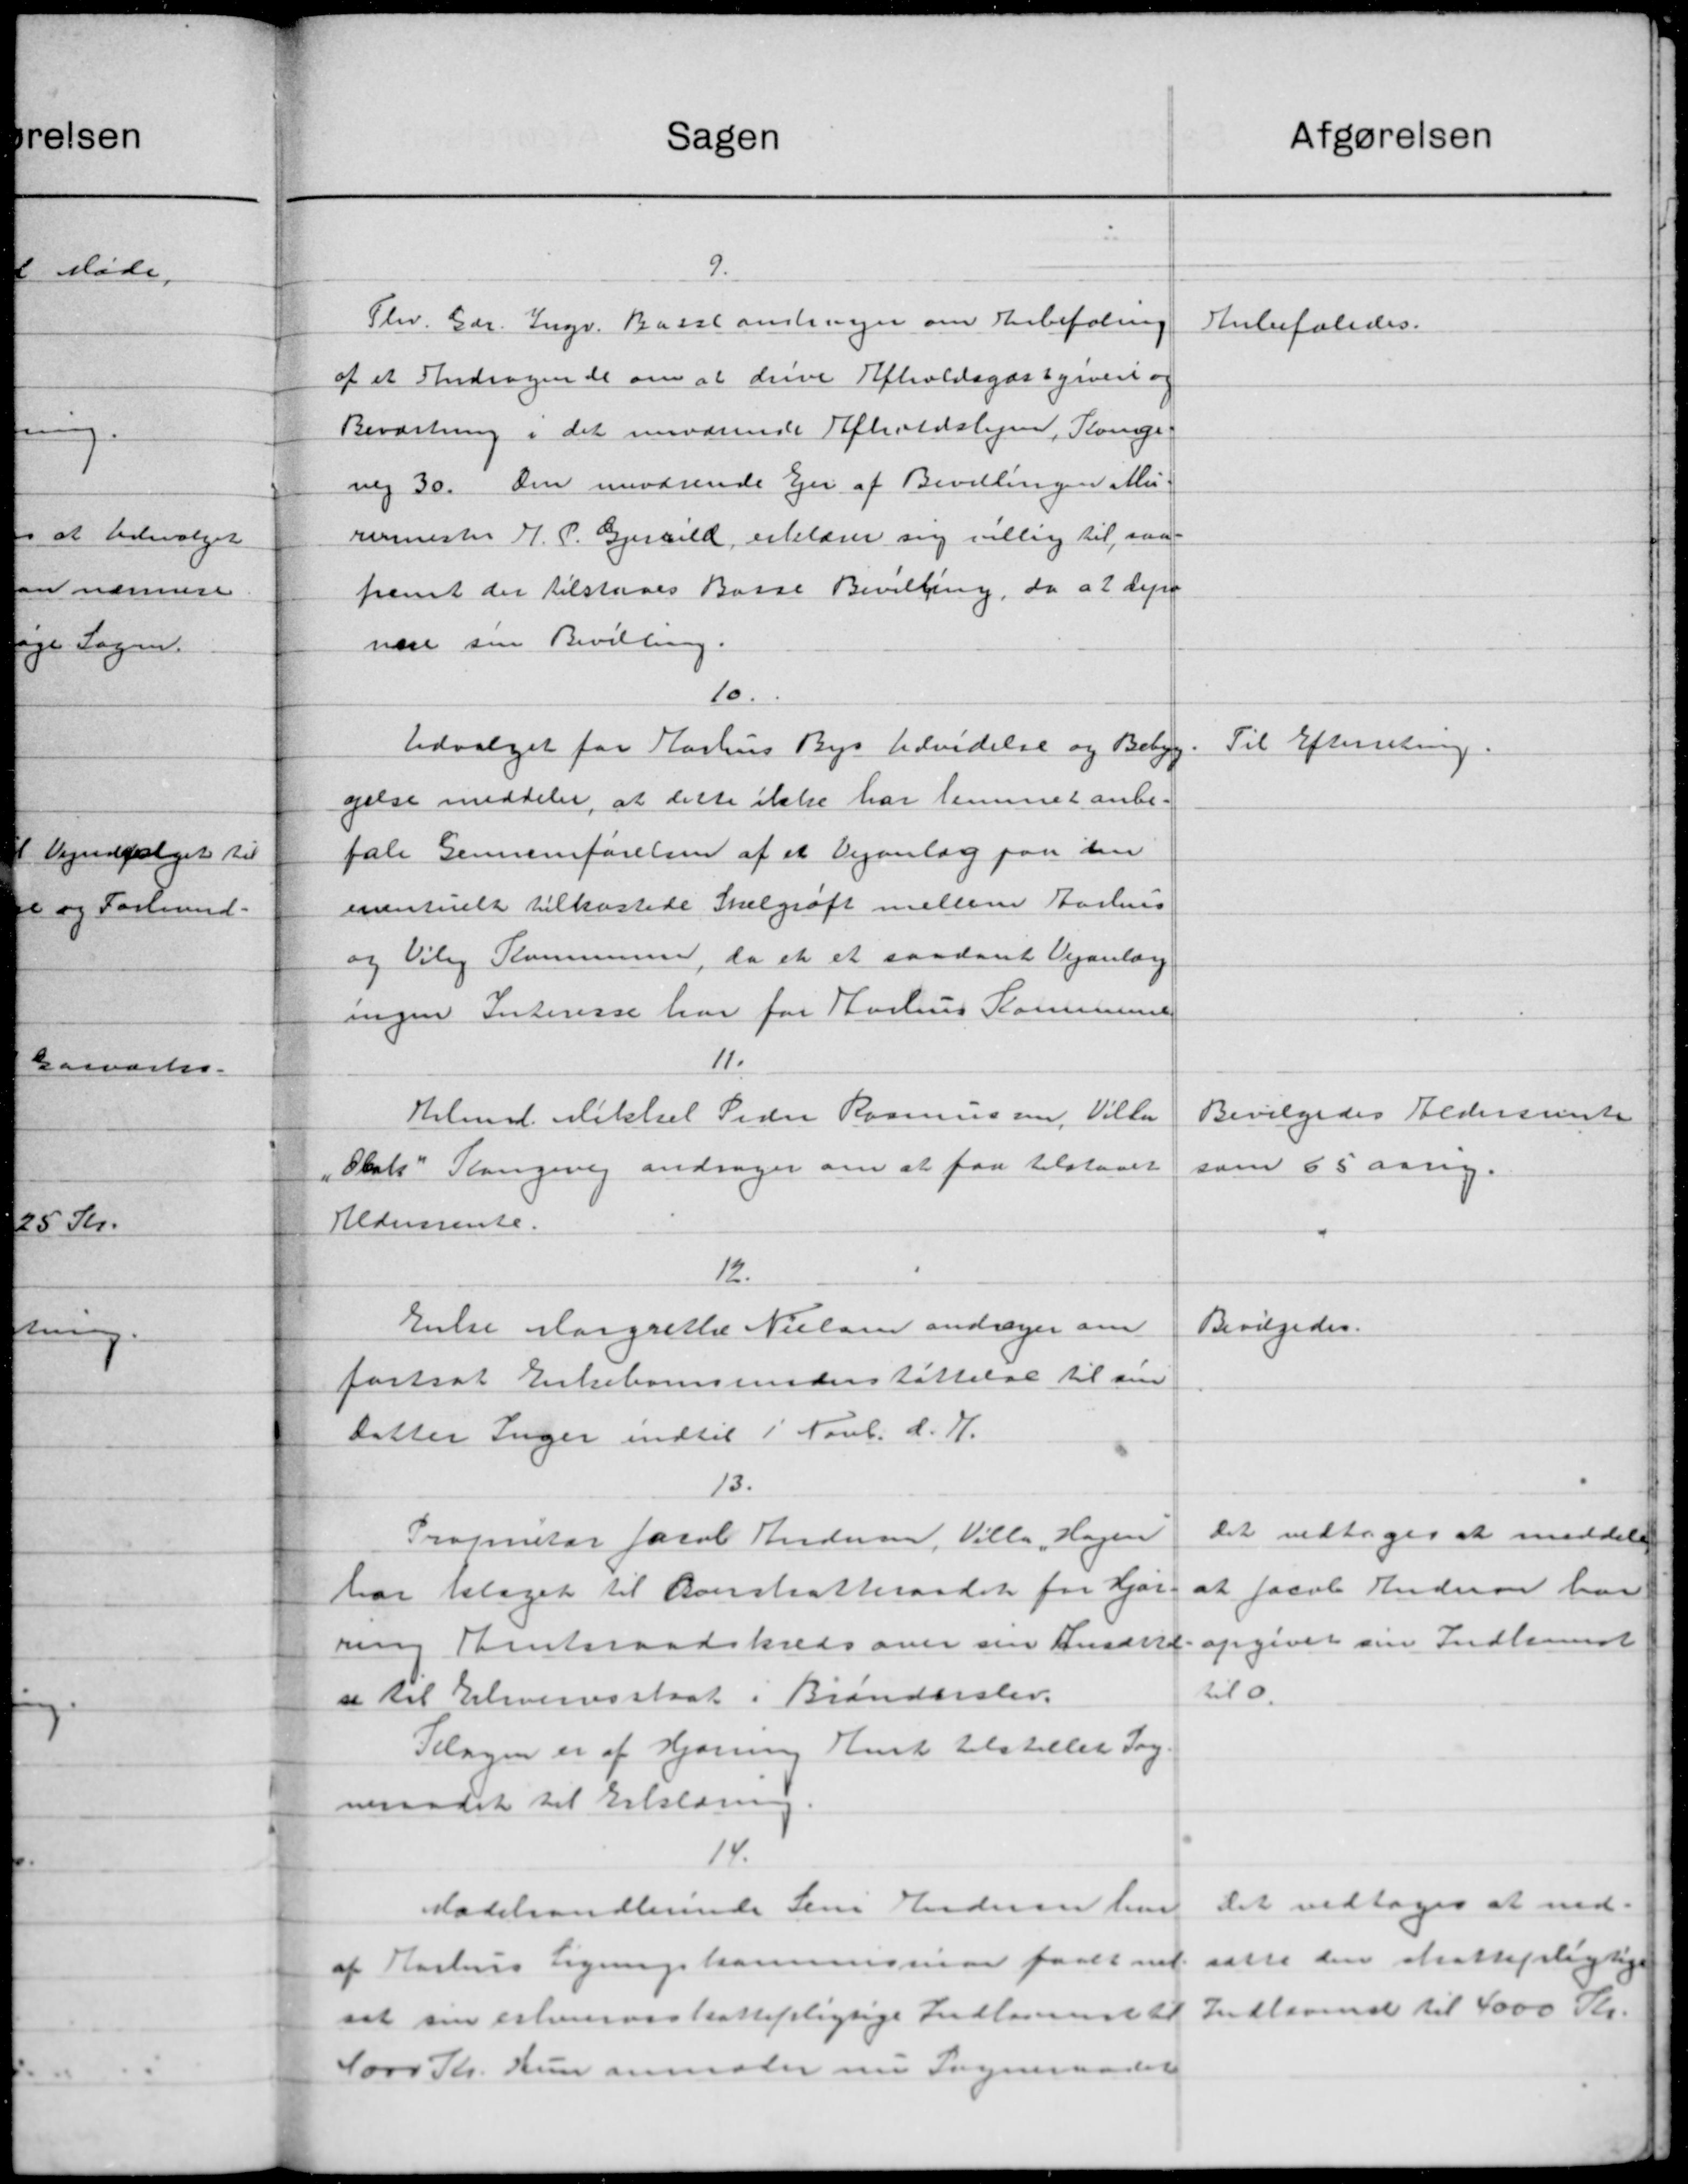
Transskription:
Afgørelsen
Sagen
9.
Fhv. Gdr. Ingv. Basel omtvejer om Anbefaling
Anbefaledes.
af et Andragende om at drive Afholdsgæstgives og
Beværtning i det nuværende Afholdslejen, Konge-
neg 30. Den nuværende Ejer af Bevillingen Mu-
rermester H. P. Gjersild, erklærer sig villig til saa-
fremt der tilstaaes Basse Bevilling, da at der
nære sin Bevilling.
10.
Til Efterretning.
Udvalget for Aarhus Bys Udvidelse og Bebyg
gelse meddeler, at dette ikke har lemmet anbe-
fale Gennemførelsen af et Vejanlæg paa den
eventuelt tilkastede Skelgrøft mellem Aarhus
og Viby Kommune, da et et saadant Vejanlæg
ingen Interesse har for Aarhus Kommune
11.
Bevilgedes Aldersrente
Helmsl. Mikkel Peder Rasmussen, Villa
som 65 aarig.
Olate Slangevej andrager om at faa tilstaaet
Aldersrente.
12.
Bevilgedes.
Enke Margrethe Nielsen andrager om
fastsat Enkebørnsunderstøttelse til sin
Datter Inger indtil 1 Novb. d. 7.
13.
Det vedtoges at meddele
Proprietær Jacob Andersen, Villa Hagen
at Jacob Anderor har
har klaget til Renskatteraadet for Hjør-
opgivet sin Indkomst
sems Amtsraadskreds over sin Ansættel-
til 0.
er til Erhvervsskat i Branderslev.
Tilagen er af Hjørning Amt tilstillet Ing.
neraadet til Erklæring.
14.
Det vedtoges at ned-
Mødehandlerinde Jens Andersen har
af Aarhus Ligningskommissioner faaet net sætte den skattepligtige
sat sin erhvervsskattepligtige Indlovende til Instaaende til 4000 Kr.
4000 Kr. Hun anmoder nu Sogneraadet